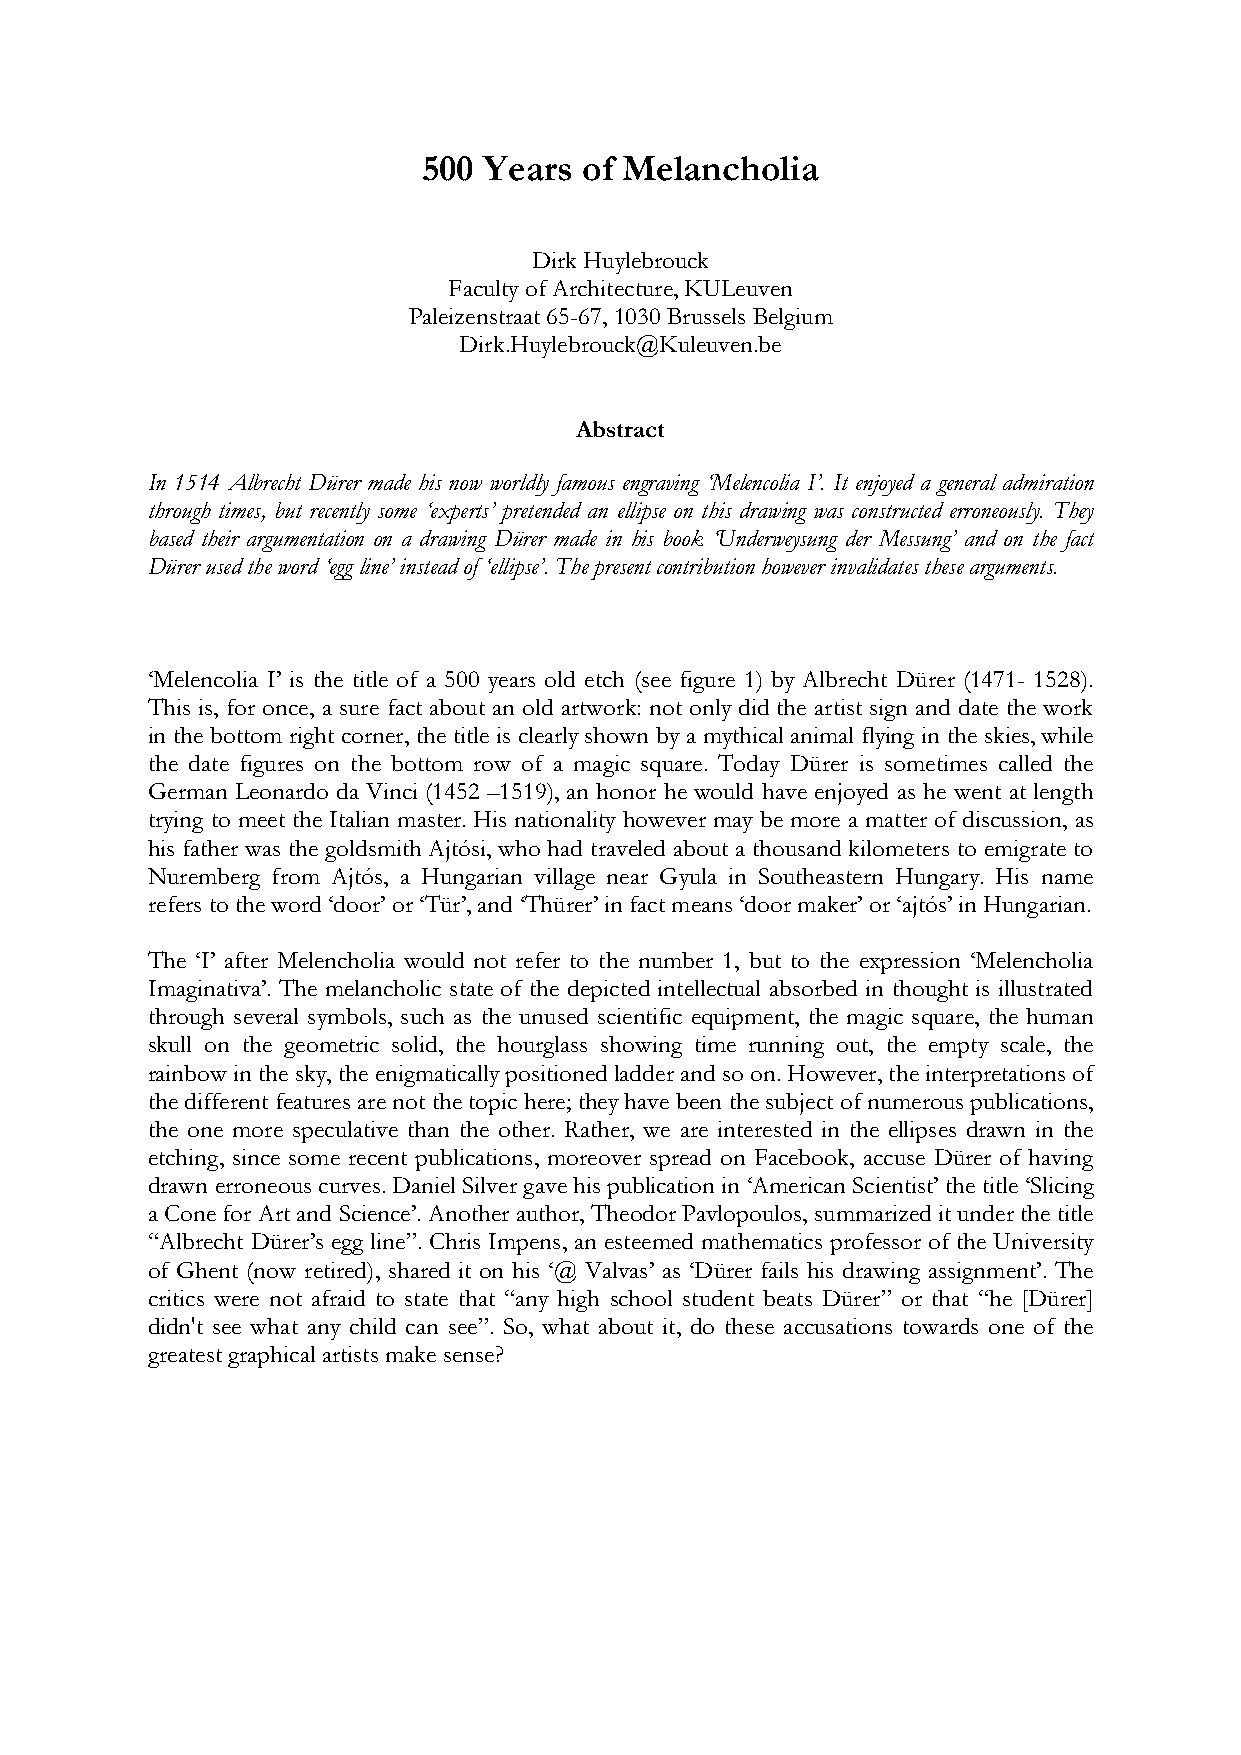
500 Years  of Melancholia
 Dirk Huylebrouck
 Faculty of Architecture, KULeuven
 Paleizenstraat 65-67, 1030 Brussels Belgium
 Dirk.Huylebrouck@Kuleuven.be
 Abstract
 In 1514 Albrecht Dürer made his now worldly famous engraving ‘Melencolia I’. It enjoyed a general admiration
 through times, but recently some ‘experts’ pretended an ellipse on this drawing was constructed erroneously. They
 based their argumentation on a drawing Dürer made in his book ‘Underweysung der Messung’ and on the fact
 Dürer used the word ‘egg line’ instead of ‘ellipse’. The present contribution however invalidates these arguments.
 ‘Melencolia I’ is the title of a 500 years old etch (see figure 1) by Albrecht Dürer (1471- 1528).
 This is, for once, a sure fact about an old artwork: not only did the artist sign and date the work
 in the bottom right corner, the title is clearly shown by a mythical animal flying in the skies, while
 the date figures on the bottom row of a magic square. Today Dürer is sometimes called the
 German Leonardo da Vinci (1452 –1519), an honor he would have enjoyed as he went at length
 trying to meet the Italian master. His nationality however may be more a matter of discussion, as
 his father was the goldsmith Ajtósi, who had traveled about a thousand kilometers to emigrate to
 Nuremberg from Ajtós, a Hungarian village near Gyula in Southeastern Hungary. His name
 refers to the word ‘door’ or ‘Tür’, and ‘Thürer’ in fact means ‘door maker’ or ‘ajtós’ in Hungarian.
 The ‘I’ after Melencholia would not refer to the number 1, but to the expression ‘Melencholia
 Imaginativa’. The melancholic state of the depicted intellectual absorbed in thought is illustrated
 through several symbols, such as the unused scientific equipment, the magic square, the human
 skull on the geometric solid, the hourglass showing time running out, the empty scale, the
 rainbow in the sky, the enigmatically positioned ladder and so on. However, the interpretations of
 the different features are not the topic here; they have been the subject of numerous publications,
 the one more speculative than the other. Rather, we are interested in the ellipses drawn in the
 etching, since some recent publications, moreover spread on Facebook, accuse Dürer of having
 drawn erroneous curves. Daniel Silver gave his publication in ‘American Scientist’ the title ‘Slicing
 a Cone for Art and Science’. Another author, Theodor Pavlopoulos, summarized it under the title
 “Albrecht Dürer’s egg line”. Chris Impens, an esteemed mathematics professor of the University
 of Ghent (now retired), shared it on his ‘@ Valvas’ as ‘Dürer fails his drawing assignment’. The
 critics were not afraid to state that “any high school student beats Dürer” or that “he [Dürer]
 didn't see what any child can see”. So, what about it, do these accusations towards one of the
 greatest graphical artists make sense?